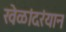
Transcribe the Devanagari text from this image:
खेळांदरंयान